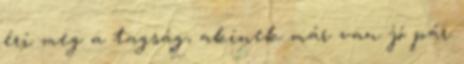
éri meg a tagság, akinek már van jó pár